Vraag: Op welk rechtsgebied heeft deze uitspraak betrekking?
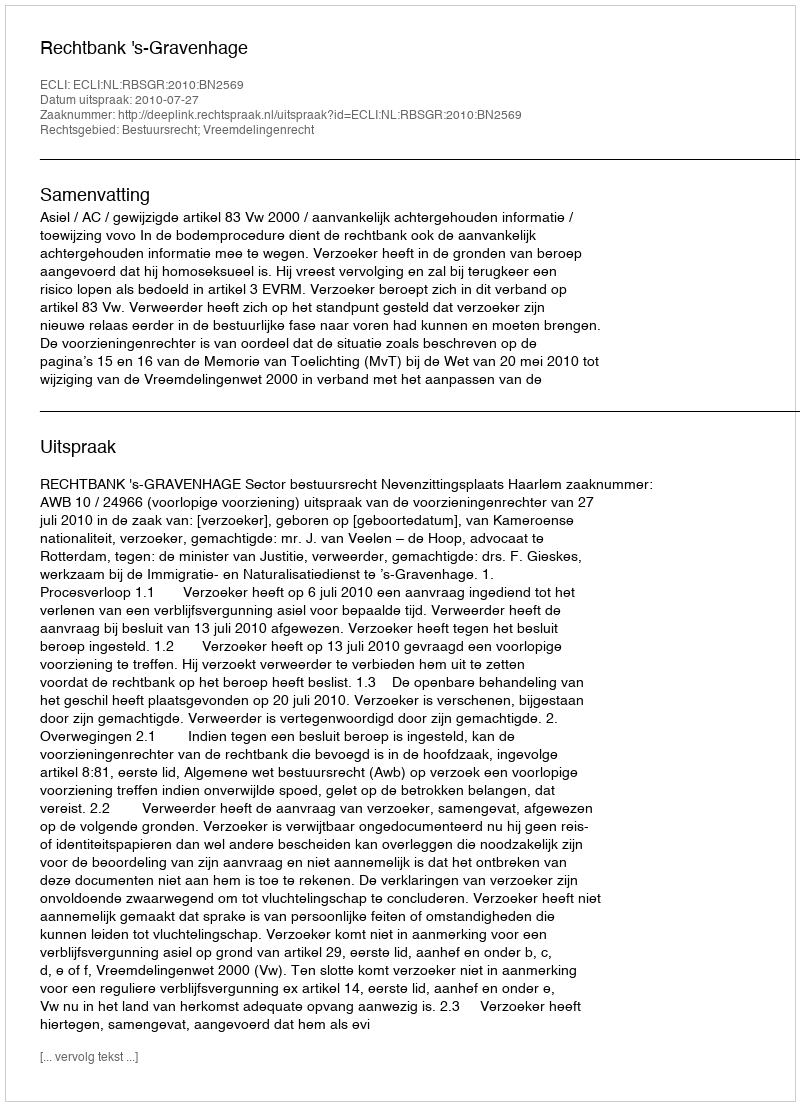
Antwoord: Bestuursrecht; Vreemdelingenrecht